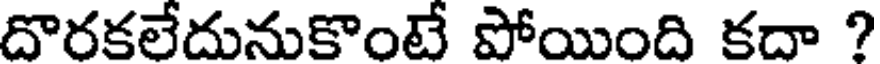
దొరకలేదునుకొంటే పోయింది కదా ?